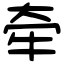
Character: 牵